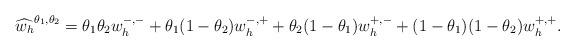
LaTeX: \begin{align*}\widehat{w_h}^{\theta_1,\theta_2} = \theta_1\theta_2w_h^{-,-} + \theta_1(1-\theta_2)w_h^{-,+} + \theta_2(1-\theta_1)w_h^{+,-} + (1-\theta_1)(1-\theta_2)w_h^{+,+}.\end{align*}